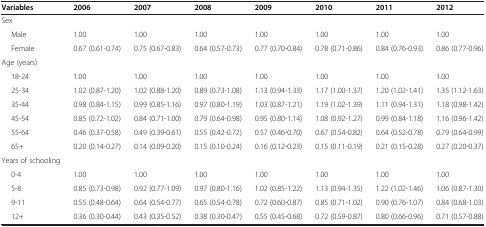
<table><thead><tr><td><b>Variables</b></td><td><b>2006</b></td><td><b>2007</b></td><td><b>2008</b></td><td><b>2009</b></td><td><b>2010</b></td><td><b>2011</b></td><td><b>2012</b></td></tr></thead><tbody><tr><td>Sex</td><td></td><td></td><td></td><td></td><td></td><td></td><td></td></tr><tr><td>Male</td><td>1.00</td><td>1.00</td><td>1.00</td><td>1.00</td><td>1.00</td><td>1.00</td><td>1.00</td></tr><tr><td>Female</td><td>0.67 (0.61-0.74)</td><td>0.75 (0.67-0.83)</td><td>0.64 (0.57-0.73)</td><td>0.77 (0.70-0.84)</td><td>0.78 (0.71-0.86)</td><td>0.84 (0.76-0.93)</td><td>0.86 (0.77-0.96)</td></tr><tr><td>Age (years)</td><td></td><td></td><td></td><td></td><td></td><td></td><td></td></tr><tr><td>18-24</td><td>1.00</td><td>1.00</td><td>1.00</td><td>1.00</td><td>1.00</td><td>1.00</td><td>1.00</td></tr><tr><td>25-34</td><td>1.02 (0.87-1.20)</td><td>1.02 (0.88-1.20)</td><td>0.89 (0.73-1.08)</td><td>1.13 (0.94-1.33)</td><td>1.17 (1.00-1.37)</td><td>1.20 (1.02-1.41)</td><td>1.35 (1.12-1.63)</td></tr><tr><td>35-44</td><td>0.98 (0.84-1.15)</td><td>0.99 (0.85-1.16)</td><td>0.97 (0.80-1.19)</td><td>1.03 (0.87-1.21)</td><td>1.19 (1.02-1.39)</td><td>1.11 (0.94-1.31)</td><td>1.18 (0.98-1.42)</td></tr><tr><td>45-54</td><td>0.85 (0.72-1.02)</td><td>0.84 (0.71-1.00)</td><td>0.79 (0.64-0.98)</td><td>0.95 (0.80-1.14)</td><td>1.08 (0.92-1.27)</td><td>0.99 (0.84-1.18)</td><td>1.16 (0.96-1.42)</td></tr><tr><td>55-64</td><td>0.46 (0.37-0.58)</td><td>0.49 (0.39-0.61)</td><td>0.55 (0.42-0.72)</td><td>0.57 (0.46-0.70)</td><td>0.67 (0.54-0.82)</td><td>0.64 (0.52-0.78)</td><td>0.79 (0.64-0.99)</td></tr><tr><td>65+</td><td>0.20 (0.14-0.27)</td><td>0.14 (0.09-0.20)</td><td>0.15 (0.10-0.24)</td><td>0.16 (0.12-0.23)</td><td>0.15 (0.11-0.19)</td><td>0.21 (0.15-0.28)</td><td>0.27 (0.20-0.37)</td></tr><tr><td>Years of schooling</td><td></td><td></td><td></td><td></td><td></td><td></td><td></td></tr><tr><td>0-4</td><td>1.00</td><td>1.00</td><td>1.00</td><td>1.00</td><td>1.00</td><td>1.00</td><td>1.00</td></tr><tr><td>5-8</td><td>0.85 (0.73-0.98)</td><td>0.92 (0.77-1.09)</td><td>0.97 (0.80-1.16)</td><td>1.02 (0.85-1.22)</td><td>1.13 (0.94-1.35)</td><td>1.22 (1.02-1.46)</td><td>1.06 (0.87-1.30)</td></tr><tr><td>9-11</td><td>0.55 (0.48-0.64)</td><td>0.64 (0.54-0.77)</td><td>0.65 (0.54-0.78)</td><td>0.72 (0.60-0.87)</td><td>0.85 (0.71-1.02)</td><td>0.90 (0.76-1.07)</td><td>0.84 (0.68-1.03)</td></tr><tr><td>12+</td><td>0.36 (0.30-0.44)</td><td>0.43 (0.35-0.52)</td><td>0.38 (0.30-0.47)</td><td>0.55 (0.45-0.68)</td><td>0.72 (0.59-0.87)</td><td>0.80 (0.66-0.96)</td><td>0.71 (0.57-0.88)</td></tr></tbody></table>